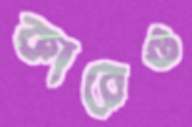
কারেও